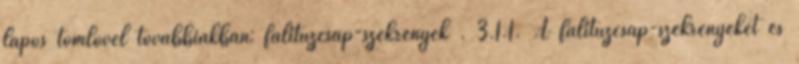
lapos tömlõvel továbbiakban: falitûzcsap-szekrények . 3.1.1. A falitûzcsap-szekrényeket és